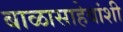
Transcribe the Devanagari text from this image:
बाळासाहेबांशी